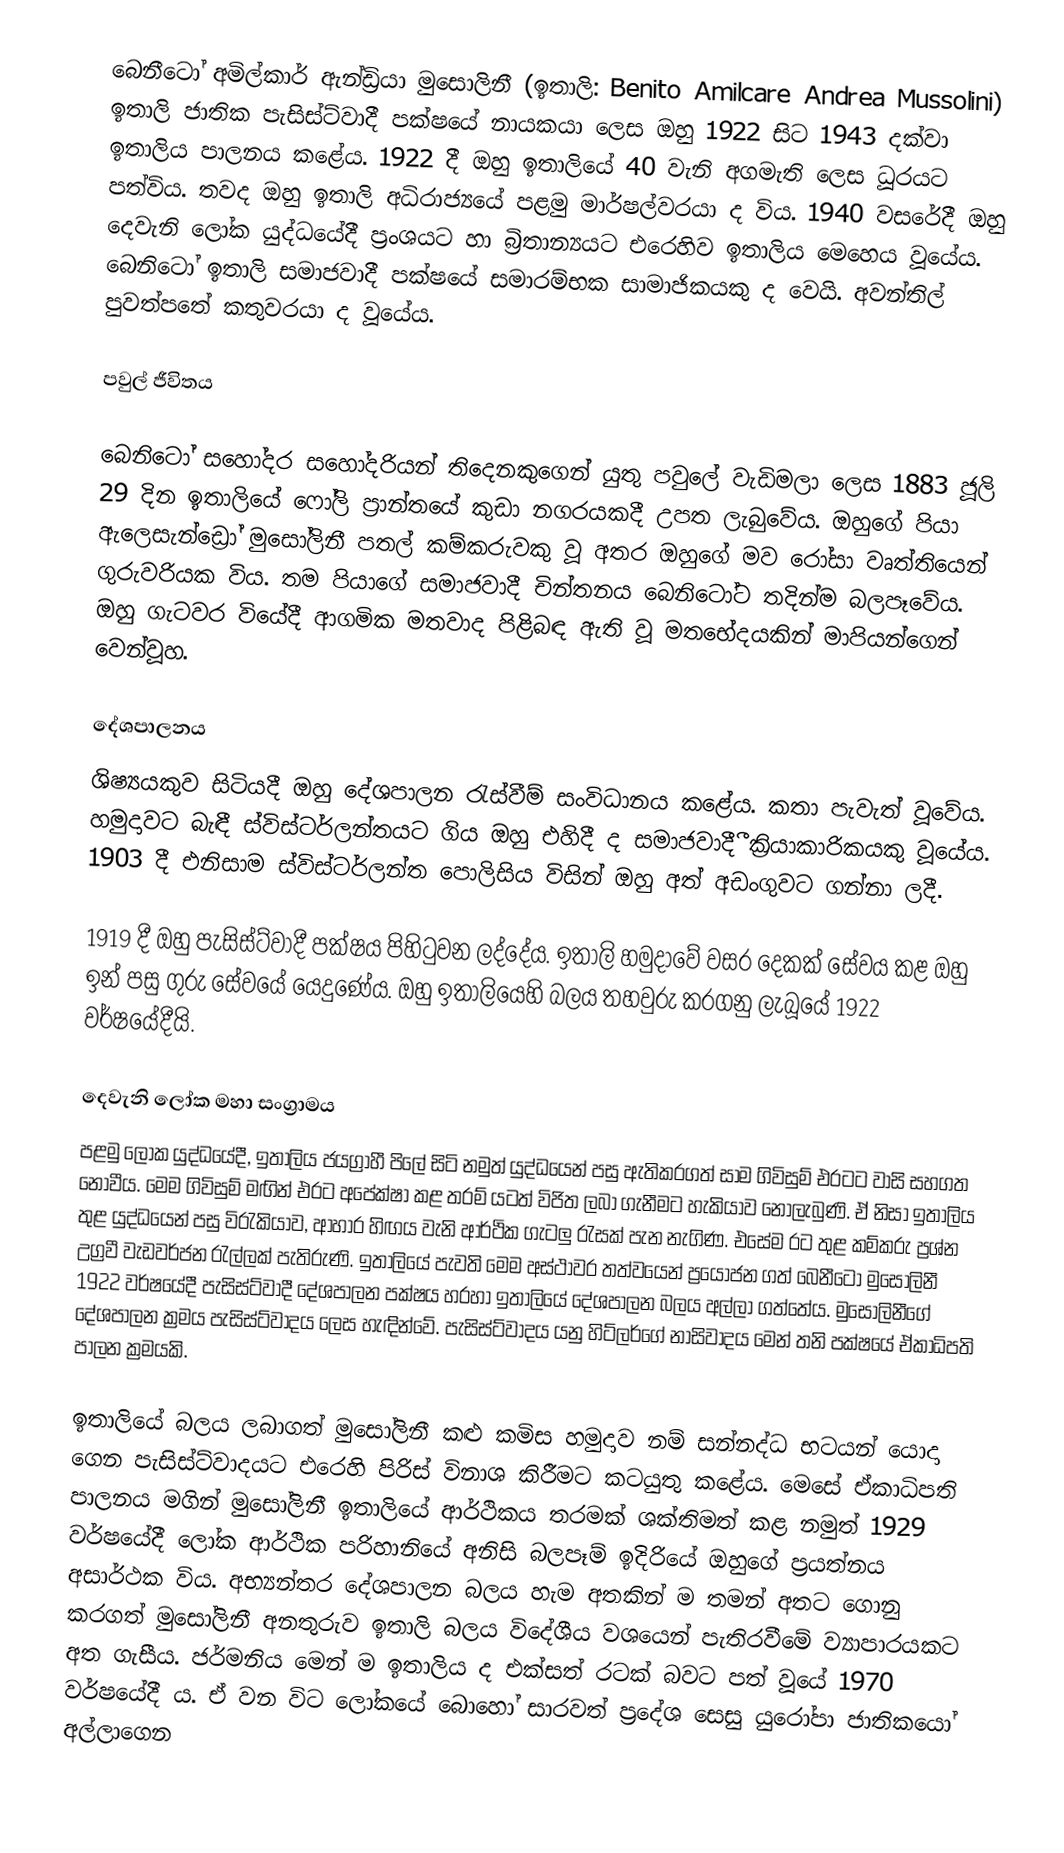
බෙනීටෝ අමිල්කාර් ඇන්ඩ්‍රියා මුසොලිනී (ඉතාලි: Benito Amilcare Andrea Mussolini) ඉතාලි ජාතික පැසිස්ට්වාදී පක්ෂයේ නායකයා ලෙස ඔහු 1922 සිට 1943 දක්වා ඉතාලිය පාලනය කළේය. 1922 දී ඔහු ඉතාලියේ 40 වැනි අගමැති ලෙස ධූරයට පත්විය. තවද ඔහු ඉතාලි අධිරාජ්‍යයේ පළමු මාර්ෂල්වරයා ද විය. 1940 වසරේදී ඔහු දෙවැනි ලෝක යුද්ධයේදී ප්‍රංශයට හා බ්‍රිතාන්‍යයට එරෙහිව ඉතාලිය මෙහෙය වූයේය. බෙනිටෝ ඉතාලි සමාජවාදී පක්ෂයේ සමාරම්භක සාමාජිකයකු ද වෙයි. අවන්තිල් පුවත්පතේ කතුවරයා ද වූයේය.

පවුල් ජීවිතය

බෙනිටෝ සහෝදර සහෝදරියන් තිදෙනකුගෙන් යුතු පවුලේ වැඩිමලා ලෙස 1883 ජූලි 29 දින ඉතාලියේ ෆෝලි ප්‍රාන්තයේ කුඩා නගරයකදී උපත ලැබුවේය.  ඔහුගේ පියා ඇලෙසැන්ඩ්‍රෝ මුසෝලිනී පතල් කම්කරුවකු වූ අතර ඔහුගේ මව රෝසා වෘත්තියෙන් ගුරුවරියක විය. තම පියාගේ සමාජවාදී චින්තනය බෙනිටෝට තදින්ම බලපෑවේය. ඔහු ගැටවර වියේදී ආගමික මතවාද පිළිබඳ ඇති වූ මතභේදයකින් මාපියන්ගෙන් වෙන්වූහ.

දේශපාලනය
ශිෂ්‍යයකුව සිටියදී ඔහු දේශපාලන රැස්වීම් සංවිධානය කළේය. කතා පැවැත් වූවේය. හමුදාවට බැඳී ස්විස්ටර්ලන්තයට ගිය ඔහු එහිදී ද සමාජවාදීී ක්‍රියාකාරිකයකු වූයේය. 1903 දී එනිසාම ස්විස්ටර්ලන්ත පොලිසිය විසින් ඔහු අත් අඩංගුවට ගන්නා ලදී.

1919 දී ඔහු පැසිස්ට්වාදී පක්ෂය පිහිටුවන ලද්දේය. ඉතාලි හමුදාවේ වසර දෙකක් සේවය කළ ඔහු ඉන් පසු ගුරු සේවයේ යෙදුණේය. ඔහු ඉතාලියෙහි බලය තහවුරු කරගනු ලැබූයේ 1922 වර්ෂයේදීයි.

දෙවැනි ලෝක මහා සංග්‍රාමය
පළමු ලෝක යුද්ධයේදී, ඉතාලිය ජයග්‍රාහී පිලේ සිටි නමුත් යුද්ධයෙන් පසු ඇතිකරගත් සාම ගිවිසුම් එරටට වාසි සහගත නොවීය. මෙම ගිවිසුම් මඟින් එරට අපේක්ෂා කළ තරම් යටත් විජිත ලබා ගැනීමට හැකියාව නොලැබුණි. ඒ නිසා ඉතාලිය තුළ යුද්ධයෙන් පසු විරැකියාව, ආහාර හිඟය වැනි ආර්ථික ගැටලු රැසක් පැන නැගිණ. එසේම රට තුළ කම්කරු ප්‍රශ්න උග්‍රවී වැඩවර්ජන රැල්ලක් පැතිරුණි. ඉතාලියේ පැවති මෙම අස්ථාවර තත්වයෙන් ප්‍රයෝජන ගත් බෙනීටෝ මුසෝලිනී 1922 වර්ෂයේදී පැසිස්ට්වාදී දේශපාලන පක්ෂය හරහා ඉතාලියේ දේශපාලන බලය අල්ලා ගත්තේය. මුසෝලිනීගේ දේශපාලන ක්‍රමය පැසිස්ට්වාදය ලෙස හැඳින්වේ. පැසිස්ට්වාදය යනු හිට්ලර්ගේ නාසිවාදය මෙන් තනි පක්ෂයේ ඒකාධිපති පාලන ක්‍රමයකි.

ඉතාලියේ බලය ලබාගත් මුසෝලිනී කළු කමිස හමුදාව නම් සන්නද්ධ භටයන් යොදා ගෙන පැසිස්ට්වාදයට එරෙහි පිරිස් විනාශ කිරීමට කටයුතු කළේය. මෙසේ ඒකාධිපති පාලනය මගින් මුසෝලිනී ඉතාලියේ ආර්ථිකය තරමක් ශක්තිමත් කළ නමුත් 1929 වර්ෂයේදී ලෝක ආර්ථික පරිහානියේ අනිසි බලපෑම් ඉදිරියේ ඔහුගේ ප්‍රයත්නය අසාර්ථක විය. අභ්‍යන්තර දේශපාලන බලය හැම අතකින් ම තමන් අතට ගොනු කරගත් මුසෝලිනී අනතුරුව ඉතාලි බලය විදේශීය වශයෙන් පැතිරවීමේ ව්‍යාපාරයකට අත ගැසීය. ජර්මනිය මෙන් ම ඉතාලිය ද එක්සත් රටක් බවට පත් වූයේ 1970 වර්ෂයේදී ය. ඒ වන විට ලෝකයේ බොහෝ සාරවත් ප්‍රදේශ සෙසු යුරෝපා ජාතිකයෝ අල්ලාගෙන